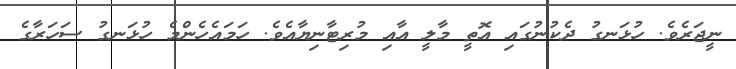
ނީޖަރެވެ. ހުޅަނގު ދެކުނުގައި އޮތީ މާލީ އާއި މުރިޓާނިޔާއެވެ. ހަމައެހެންމެ ހުޅަނގު ސަހަރާގެ